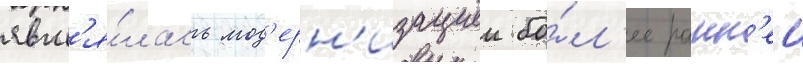
явл'я́лась мод'ерн'изациеи бо́л'ее ранн'еи